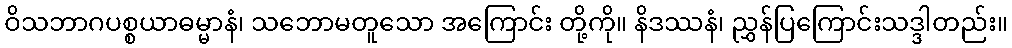
ဝိသဘာဂပစ္စယာဓမ္မာနံ၊ သဘောမတူသော အကြောင်း တို့ကို။ နိဒဿနံ၊ ညွှန်ပြကြောင်းသဒ္ဒါတည်း။